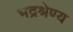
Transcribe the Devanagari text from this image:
भद्रश्रेण्य